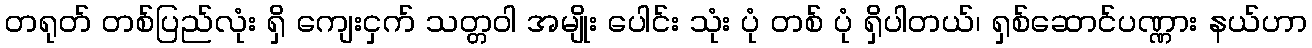
တရုတ် တစ်ပြည်လုံး ရှိ ကျေးငှက် သတ္တဝါ အမျိုး ပေါင်း သုံး ပုံ တစ် ပုံ ရှိပါတယ်၊ ရှစ်ဆောင်ပဏ္ဏား နယ်ဟာ